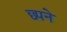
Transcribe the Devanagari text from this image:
छ्पने